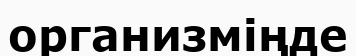
организміңде